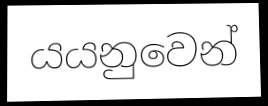
යයනුවෙන්